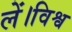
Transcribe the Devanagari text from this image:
लें।विश्व